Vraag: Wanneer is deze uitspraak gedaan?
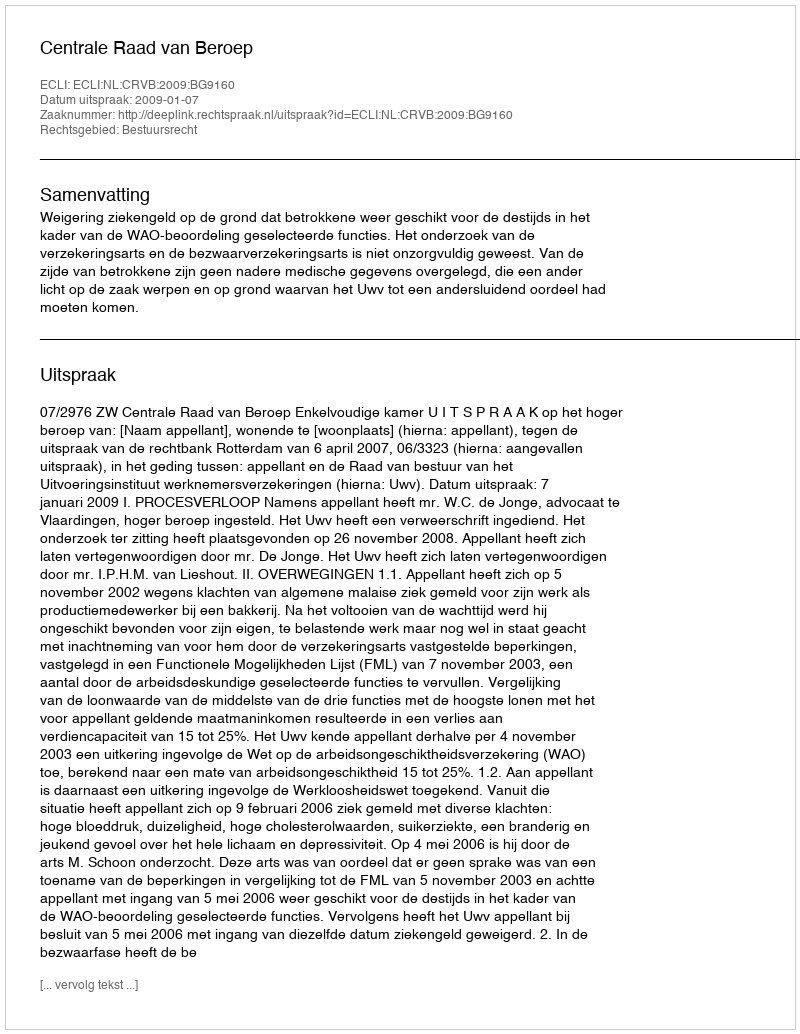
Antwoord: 2009-01-07